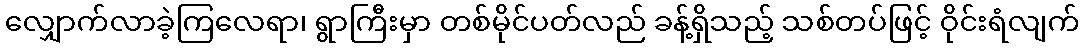
လျှောက်လာခဲ့ကြလေရာ၊ ရွာကြီးမှာ တစ်မိုင်ပတ်လည် ခန့်ရှိသည့် သစ်တပ်ဖြင့် ဝိုင်းရံလျက်